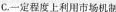
C.一定程度上利用市场机制